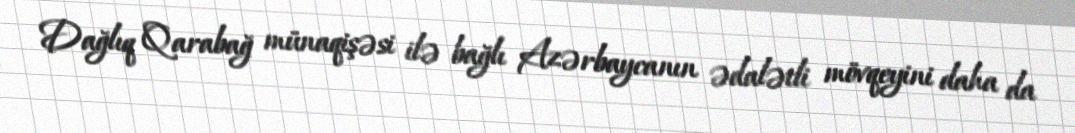
Dağlıq Qarabağ münaqişəsi ilə bağlı Azərbaycanın ədalətli mövqeyini daha da